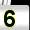
Digit: 5